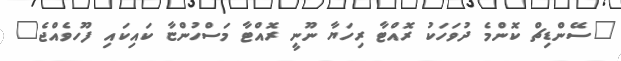
"ސޭންޑިޗް ކޮންމެ ދުވަހަކު ރޮއްޓާ ރިހަޔާ ނޫނީ ރޮއްޓާ މަސްހުންޏާ ކައިކައި ފޫހވެއްޖެ"